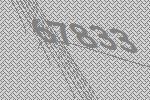
67833